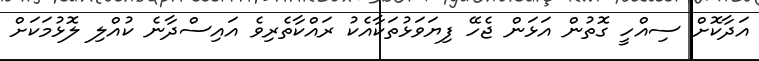
އަދާކޮށް ސިއްހީ ގޮތުން އަޅަން ޖެހޭ ފިޔަވަޅުތަކާއެކު ރައްކާތެރިވެ އައިސްދާނެ ކުއްލި ލޮޅުމަކަށް